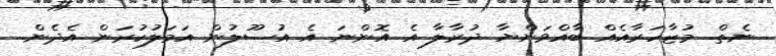
ނެތް. މުޒާހަރާއެއް ބާއްވަންޔާ ދުރާލާ އެ އޮންނަ އެ އުސޫލުން އަމަލުކުރަން އެދެން.